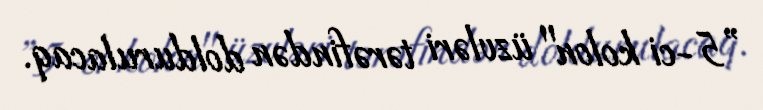
”5-ci kolon" üzvləri tərəfindən doldurulacaq.